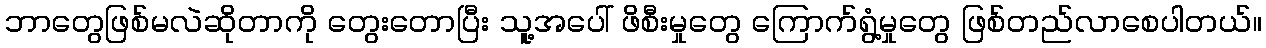
ဘာတွေဖြစ်မလဲဆိုတာကို တွေးတောပြီး သူ့အပေါ် ဖိစီးမှုတွေ ကြောက်ရွံ့မှုတွေ ဖြစ်တည်လာစေပါတယ်။